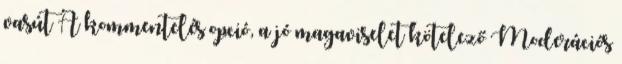
vasút A kommentelés opció, a jó magaviselet kötelező Moderációs